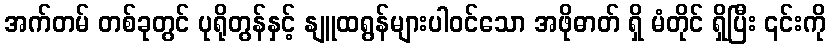
အက်တမ် တစ်ခုတွင် ပုရိုတွန်နှင့် နျူထရွန်များပါဝင်သော အဖိုဓာတ် ရှိ မံတိုင် ရှိပြီး ၎င်းကို